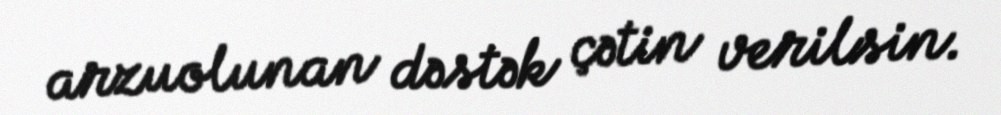
arzuolunan dəstək çətin verilsin.